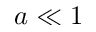
a \ll 1